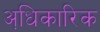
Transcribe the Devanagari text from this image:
अधि़कारिक